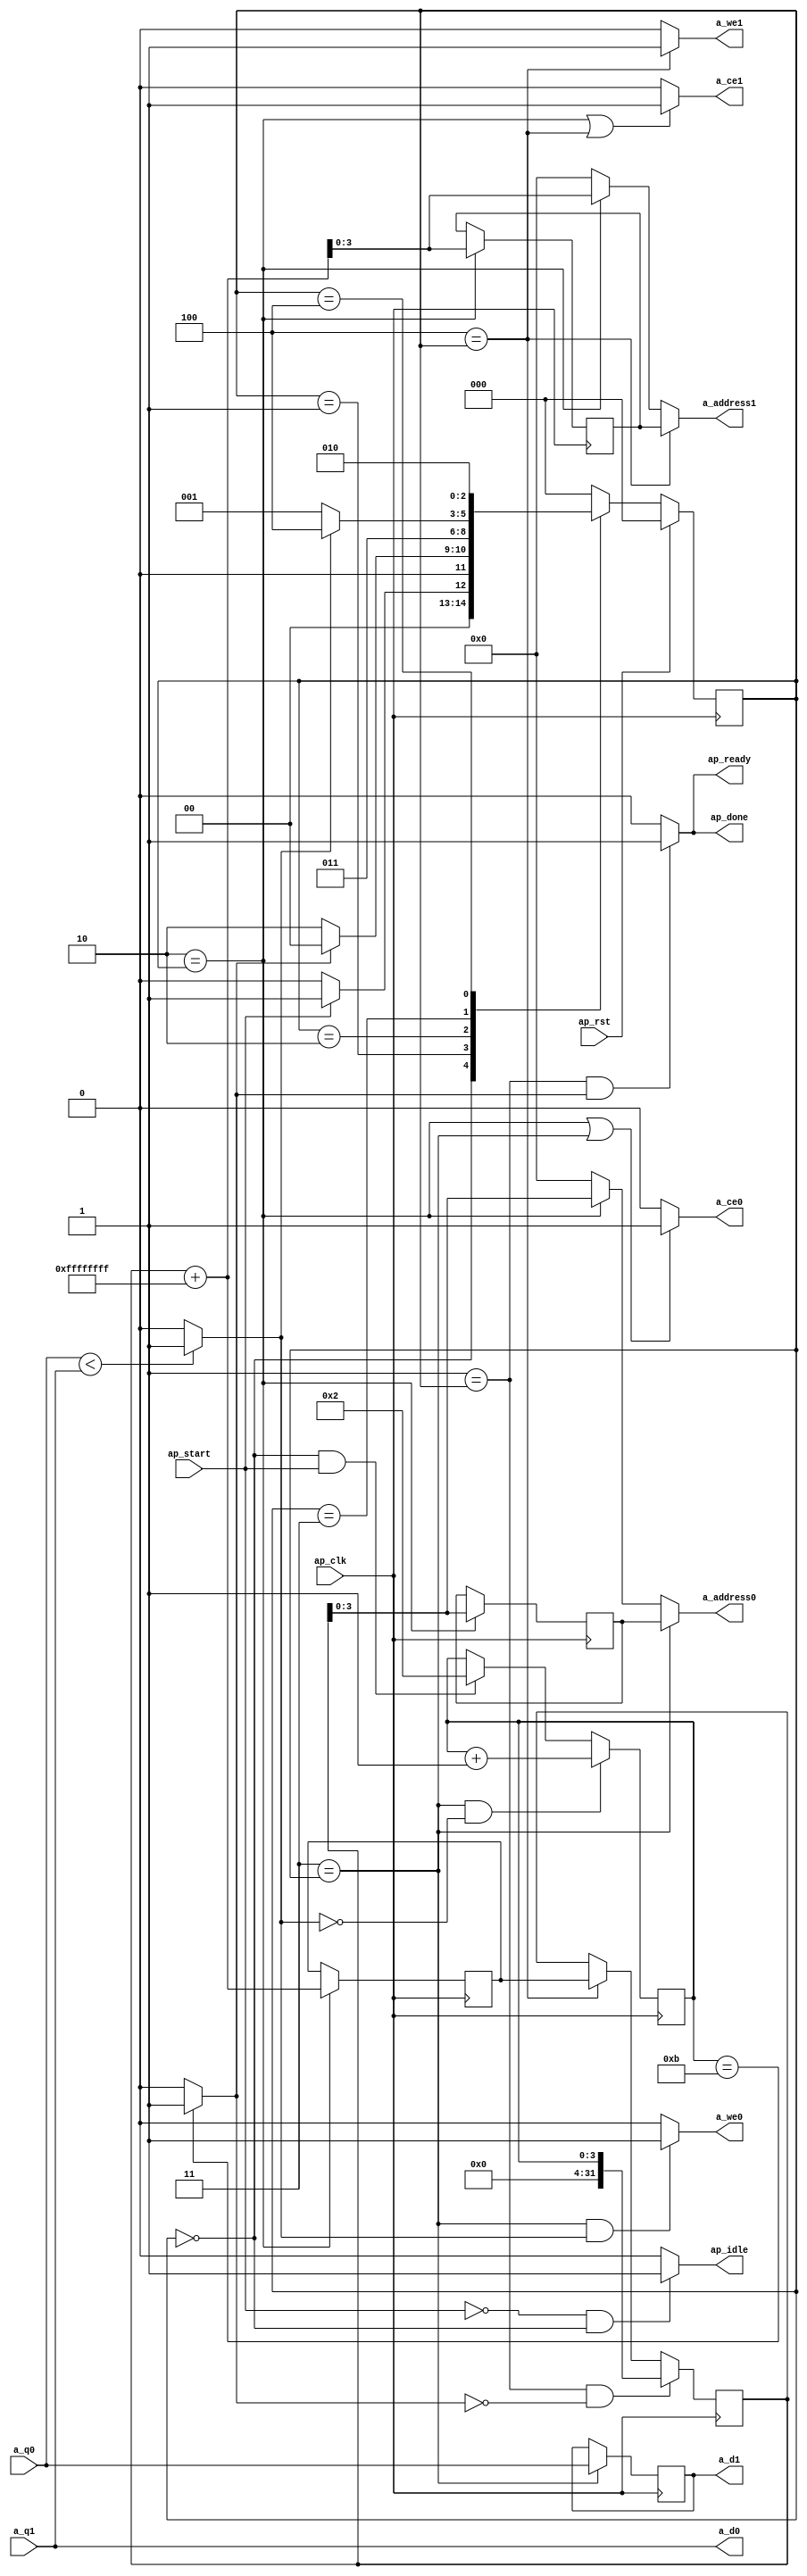
// ==============================================================
// RTL generated by Vivado(TM) HLS - High-Level Synthesis from C, C++ and SystemC
// Version: 2013.4
// Copyright (C) 2013 Xilinx Inc. All rights reserved.
// 
// ===========================================================

`timescale 1 ns / 1 ps 

/*(* CORE_GENERATION_INFO="insertsort,hls_ip_2013_4,{HLS_INPUT_TYPE=c,HLS_INPUT_FLOAT=0,HLS_INPUT_FIXED=0,HLS_INPUT_PART=xc7vx980tffg1930-2l,HLS_INPUT_CLOCK=10.000000,HLS_INPUT_ARCH=others,HLS_SYN_CLOCK=4.780000,HLS_SYN_LAT=28,HLS_SYN_TPT=none,HLS_SYN_MEM=0,HLS_SYN_DSP=0,HLS_SYN_FF=0,HLS_SYN_LUT=0}" *) */   //Commented out for VPR -Sharad

module insertsort (
        ap_clk,
        ap_rst,
        ap_start,
        ap_done,
        ap_idle,
        ap_ready,
        a_address0,
        a_ce0,
        a_we0,
        a_d0,
        a_q0,
        a_address1,
        a_ce1,
        a_we1,
        a_d1,
        a_q1
);

input   ap_clk;
input   ap_rst;
input   ap_start;
output   ap_done;
output   ap_idle;
output   ap_ready;
output  [3:0] a_address0;
output   a_ce0;
output   a_we0;
output  [31:0] a_d0;
input  [31:0] a_q0;
output  [3:0] a_address1;
output   a_ce1;
output   a_we1;
output  [31:0] a_d1;
input  [31:0] a_q1;

reg ap_done;
reg ap_idle;
reg ap_ready;
reg[3:0] a_address0;
reg a_ce0;
reg a_we0;
reg[3:0] a_address1;
reg a_ce1;
reg a_we1;
reg   [2:0] ap_CS_fsm = 3'b000;
wire   [31:0] j_cast1_fu_68_p1;
reg   [3:0] a_addr_reg_114;
wire   [31:0] j_1_fu_83_p2;
reg   [31:0] j_1_reg_119;
reg   [3:0] a_addr_1_reg_124;
reg   [31:0] temp_reg_129;
wire   [3:0] i_fu_100_p2;
wire   [0:0] tmp_3_fu_94_p2;
reg   [3:0] j_reg_46;
reg   [31:0] j1_reg_58;
wire   [0:0] exitcond_fu_72_p2;
wire   [63:0] tmp_fu_78_p1;
wire   [63:0] tmp_2_fu_89_p1;
reg   [2:0] ap_NS_fsm;
parameter    ap_const_logic_1 = 1'b1;
parameter    ap_const_logic_0 = 1'b0;
parameter    ap_ST_st1_fsm_0 = 3'b000;
parameter    ap_ST_st2_fsm_1 = 3'b1;
parameter    ap_ST_st3_fsm_2 = 3'b10;
parameter    ap_ST_st4_fsm_3 = 3'b11;
parameter    ap_ST_st5_fsm_4 = 3'b100;
parameter    ap_const_lv1_0 = 1'b0;
parameter    ap_const_lv4_2 = 4'b10;
parameter    ap_const_lv4_B = 4'b1011;
parameter    ap_const_lv32_FFFFFFFF = 32'b11111111111111111111111111111111;
parameter    ap_const_lv4_1 = 4'b1;
parameter    ap_true = 1'b1;




/// the current state (ap_CS_fsm) of the state machine. ///
always @ (posedge ap_clk)
begin //: ap_ret_ap_CS_fsm								//Commented out block name for VPR -Sharad
    if (ap_rst == 1'b1) begin
        ap_CS_fsm <= ap_ST_st1_fsm_0;
    end else begin
        ap_CS_fsm <= ap_NS_fsm;
    end
end

/// assign process. ///
always @(posedge ap_clk)
begin
    if (((ap_ST_st2_fsm_1 == ap_CS_fsm) & (ap_const_lv1_0 == exitcond_fu_72_p2))) begin
        j1_reg_58 <= j_cast1_fu_68_p1;
    end else if ((ap_ST_st5_fsm_4 == ap_CS_fsm)) begin
        j1_reg_58 <= j_1_reg_119;
    end
end

/// assign process. ///
always @(posedge ap_clk)
begin
    if (((ap_ST_st4_fsm_3 == ap_CS_fsm) & (tmp_3_fu_94_p2 == ap_const_lv1_0))) begin
        j_reg_46 <= i_fu_100_p2;
    end else if (((ap_ST_st1_fsm_0 == ap_CS_fsm) & ~(ap_start == ap_const_logic_0))) begin
        j_reg_46 <= ap_const_lv4_2;
    end
end

/// assign process. ///
always @(posedge ap_clk)
begin
    if ((ap_ST_st3_fsm_2 == ap_CS_fsm)) begin
        a_addr_1_reg_124 <= tmp_2_fu_89_p1;
        a_addr_reg_114 <= tmp_fu_78_p1;
        j_1_reg_119 <= j_1_fu_83_p2;
    end
end

/// assign process. ///
always @(posedge ap_clk)
begin
    if ((ap_ST_st4_fsm_3 == ap_CS_fsm)) begin
        temp_reg_129 <= a_q0;
    end
end

/// a_address0 assign process. ///
always @ (ap_CS_fsm or a_addr_reg_114 or tmp_fu_78_p1)
begin
    if ((ap_ST_st4_fsm_3 == ap_CS_fsm)) begin
        a_address0 = a_addr_reg_114;
    end else if ((ap_ST_st3_fsm_2 == ap_CS_fsm)) begin
        a_address0 = tmp_fu_78_p1;
    end else begin
        //a_address0 = 'bx;								//Original Vivado-HLS
		a_address0 = 'b0;								//Added by Sharad for VPR
    end
end

/// a_address1 assign process. ///
always @ (ap_CS_fsm or a_addr_1_reg_124 or tmp_2_fu_89_p1)
begin
    if ((ap_ST_st5_fsm_4 == ap_CS_fsm)) begin
        a_address1 = a_addr_1_reg_124;
    end else if ((ap_ST_st3_fsm_2 == ap_CS_fsm)) begin
        a_address1 = tmp_2_fu_89_p1;
    end else begin
        //a_address1 = 'bx;								//Original Vivado-HLS
		a_address1 = 'b0;								//Added by Sharad for VPR
    end
end

/// a_ce0 assign process. ///
always @ (ap_CS_fsm)
begin
    if (((ap_ST_st3_fsm_2 == ap_CS_fsm) | (ap_ST_st4_fsm_3 == ap_CS_fsm))) begin
        a_ce0 = ap_const_logic_1;
    end else begin
        a_ce0 = ap_const_logic_0;
    end
end

/// a_ce1 assign process. ///
always @ (ap_CS_fsm)
begin
    if (((ap_ST_st3_fsm_2 == ap_CS_fsm) | (ap_ST_st5_fsm_4 == ap_CS_fsm))) begin
        a_ce1 = ap_const_logic_1;
    end else begin
        a_ce1 = ap_const_logic_0;
    end
end

/// a_we0 assign process. ///
always @ (ap_CS_fsm or tmp_3_fu_94_p2)
begin
    if (((ap_ST_st4_fsm_3 == ap_CS_fsm) & ~(tmp_3_fu_94_p2 == ap_const_lv1_0))) begin
        a_we0 = ap_const_logic_1;
    end else begin
        a_we0 = ap_const_logic_0;
    end
end

/// a_we1 assign process. ///
always @ (ap_CS_fsm)
begin
    if ((ap_ST_st5_fsm_4 == ap_CS_fsm)) begin
        a_we1 = ap_const_logic_1;
    end else begin
        a_we1 = ap_const_logic_0;
    end
end

/// ap_done assign process. ///
always @ (ap_CS_fsm or exitcond_fu_72_p2)
begin
    if (((ap_ST_st2_fsm_1 == ap_CS_fsm) & ~(ap_const_lv1_0 == exitcond_fu_72_p2))) begin
        ap_done = ap_const_logic_1;
    end else begin
        ap_done = ap_const_logic_0;
    end
end

/// ap_idle assign process. ///
always @ (ap_start or ap_CS_fsm)
begin
    if ((~(ap_const_logic_1 == ap_start) & (ap_ST_st1_fsm_0 == ap_CS_fsm))) begin
        ap_idle = ap_const_logic_1;
    end else begin
        ap_idle = ap_const_logic_0;
    end
end

/// ap_ready assign process. ///
always @ (ap_CS_fsm or exitcond_fu_72_p2)
begin
    if (((ap_ST_st2_fsm_1 == ap_CS_fsm) & ~(ap_const_lv1_0 == exitcond_fu_72_p2))) begin
        ap_ready = ap_const_logic_1;
    end else begin
        ap_ready = ap_const_logic_0;
    end
end
always @ (ap_start or ap_CS_fsm or tmp_3_fu_94_p2 or exitcond_fu_72_p2)
begin
    case (ap_CS_fsm)
        ap_ST_st1_fsm_0 : 
            if (~(ap_start == ap_const_logic_0)) begin
                ap_NS_fsm = ap_ST_st2_fsm_1;
            end else begin
                ap_NS_fsm = ap_ST_st1_fsm_0;
            end
        ap_ST_st2_fsm_1 : 
            if (~(ap_const_lv1_0 == exitcond_fu_72_p2)) begin
                ap_NS_fsm = ap_ST_st1_fsm_0;
            end else begin
                ap_NS_fsm = ap_ST_st3_fsm_2;
            end
        ap_ST_st3_fsm_2 : 
            ap_NS_fsm = ap_ST_st4_fsm_3;
        ap_ST_st4_fsm_3 : 
            if ((tmp_3_fu_94_p2 == ap_const_lv1_0)) begin
                ap_NS_fsm = ap_ST_st2_fsm_1;
            end else begin
                ap_NS_fsm = ap_ST_st5_fsm_4;
            end
        ap_ST_st5_fsm_4 : 
            ap_NS_fsm = ap_ST_st3_fsm_2;
        default : 
            //ap_NS_fsm = 'bx;						//Original Vivado-HLS
			ap_NS_fsm = 'b0;						//Added by Sharad for VPR
    endcase
end
assign a_d0 = a_q1;
assign a_d1 = temp_reg_129;
assign exitcond_fu_72_p2 = (j_reg_46 == ap_const_lv4_B? 1'b1: 1'b0);
assign i_fu_100_p2 = (j_reg_46 + ap_const_lv4_1);
assign j_1_fu_83_p2 = (j1_reg_58 + ap_const_lv32_FFFFFFFF);

assign j_cast1_fu_68_p1 = $unsigned(j_reg_46);							//Original Vivado-HLS
//assign j_cast1_fu_68_p1 = {28'b0,j_reg_46};									//Added by Sharad for VPR

assign tmp_2_fu_89_p1 = $signed(j_1_fu_83_p2);							//Original Vivado-HLS
//assign tmp_2_fu_89_p1 = {32{j_1_fu_83_p2[31]},j_1_fu_83_p2};				//Added by Sharad for VPR

assign tmp_3_fu_94_p2 = ($signed(a_q0) < $signed(a_q1)? 1'b1: 1'b0);  	//Original Vivado-HLS
//assign tmp_3_fu_94_p2 = a_q0 < a_q1? 1'b1: 1'b0;							//Added by Sharad for VPR

assign tmp_fu_78_p1 = $signed(j1_reg_58);									//Original Vivado-HLS
//assign tmp_fu_78_p1 = {32{j1_reg_58[31]},j1_reg_58};						//Added by Sharad for VPR


endmodule //insertsort